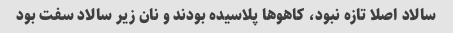
سالاد اصلا تازه نبود، کاهو‌ها پلاسیده بودند و نان زیر سالاد سفت بود